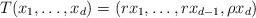
LaTeX: \begin{align*} T(x_1,\dots,x_d) = (rx_1,\dots,rx_{d-1},\rho x_d)\end{align*}